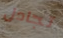
تجادل